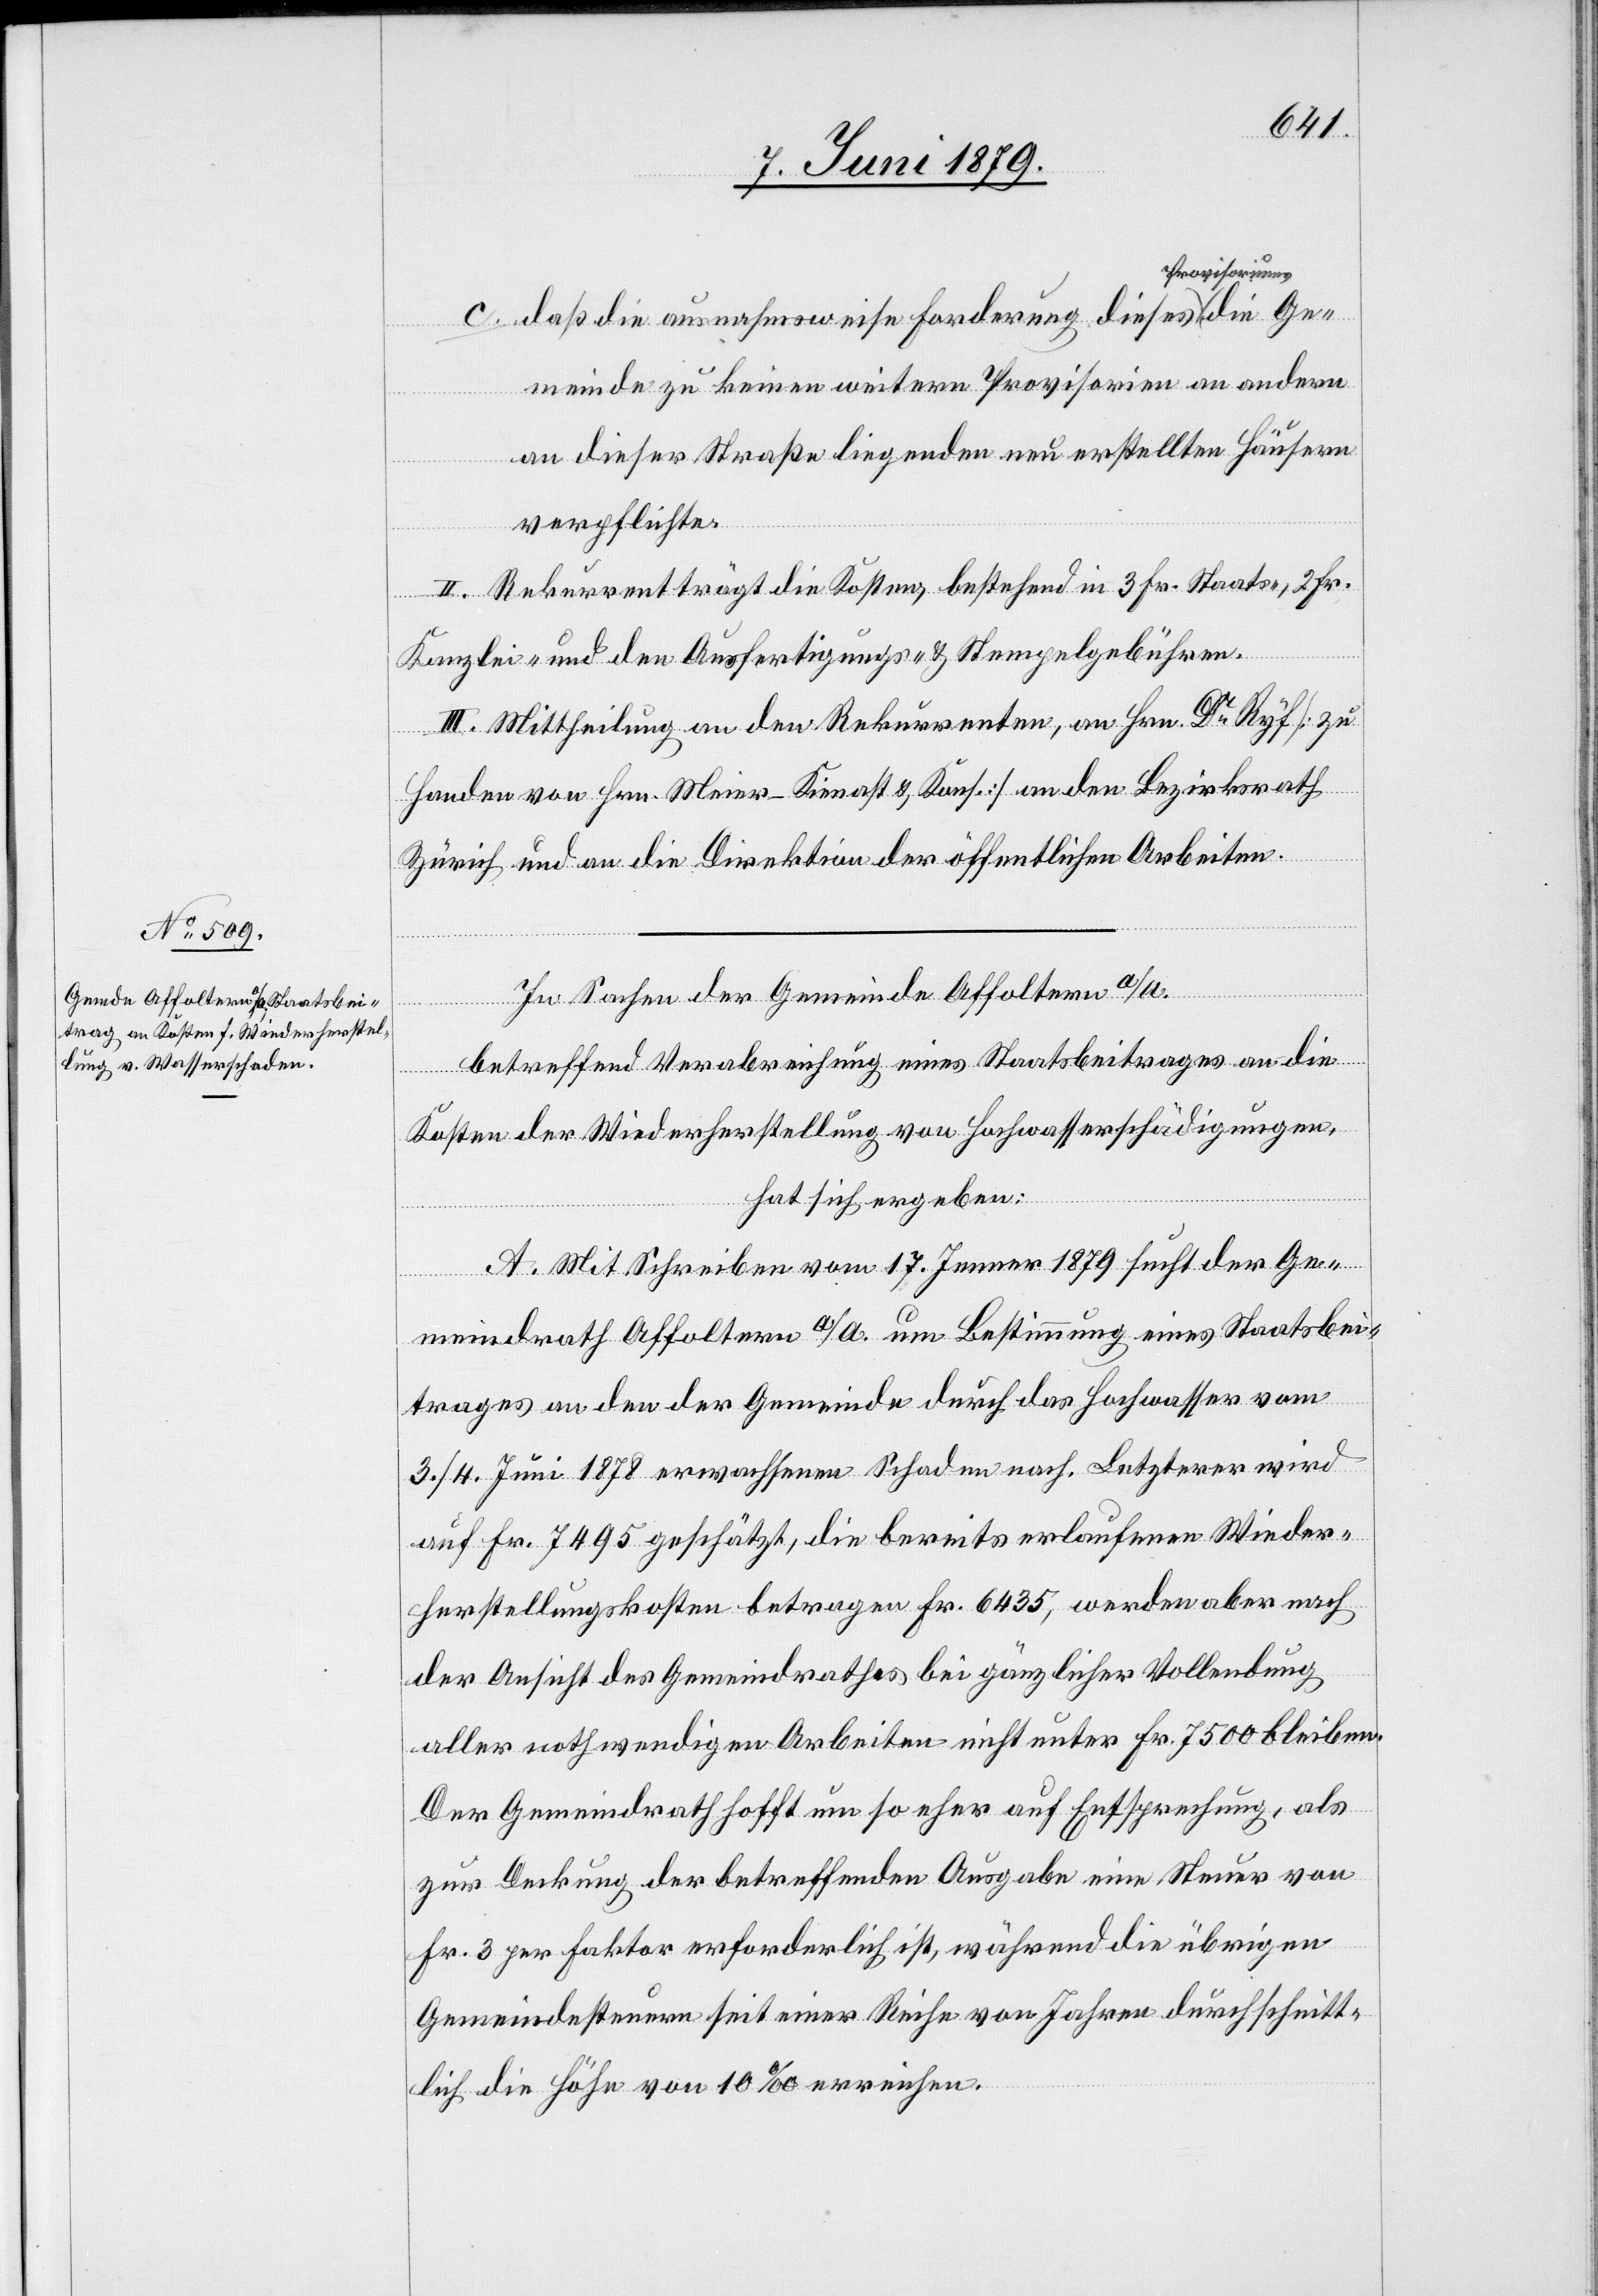
c. daß die ausnahmsweise Forderung dieses Pro¬
meinde zu keinen weitern Provisorien an andern
an dieser Straße liegenden neu erstellten Häusern
verpflichten
II. Rekurrent trägt die Kosten, bestehend in 3 Fr. Staats-, 2 Fr.
die Ge¬
Kanzlei- und den Ausfertigungs- & Stempelgebühren.
III. Mittheilung an den Rekurrenten, an Hrn. Dr Ryf [zu
Handen von Hrn. Meier-Kienast & Kons.] an den Bezirksrath
Zürich und an die Direktion der öffentlichen Arbeiten.
In Sachen der Gemeinde Affoltern a/A.
betreffend Verabreichung eines Staatsbeitrages an die
Kosten der Wiederherstellung von Hochwasserschädigungen,
hat sich ergeben:
A. Mit Schreiben vom 17. Jenner 1879 sucht der Ge¬
meindrath Affoltern a/A. um Bestimmung eines Staatsbei¬
trages an den der Gemeinde durch das Hochwasser vom
3./4. Juni 1878 erwachsenen Schaden nach. Letzterer wird
auf Fr. 7495 geschätzt, die bereits erlaufenen Wieder¬
herstellungskosten betragen Fr. 6435, werden aber nach
der Ansicht des Gemeindrathes bei gänzlicher Vollendung
aller nothwendigen Arbeiten nicht unter Fr. 7500 bleiben.
Der Gemeindrath hofft um so eher auf Entsprechung, als
zur Deckung der betreffenden Ausgabe eine Steuer von
Fr. 3 per Faktor erforderlich ist, während die übrigen
Gemeindesteuern seit einer Reihe von Jahren durchschnitt¬
lich die Höhe von 10‰ erreichen.